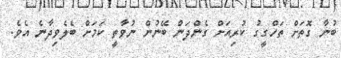
ބުނާ ގޮތަށް ތަހްގީގު ކުރިއަށް ގެންދަން ބޭނުން ނުވާތީ ކަމަށް ބެލެވިދާނެ އެވެ.